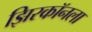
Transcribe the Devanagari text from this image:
झिरकॉनला